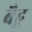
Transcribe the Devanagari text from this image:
बैहू